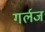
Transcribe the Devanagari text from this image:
गर्लज